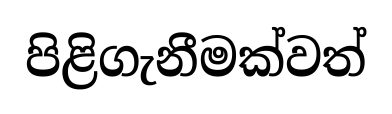
පිළිගැනීමක්වත්